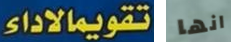
تقويمالاداء انها